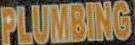
PLUMBING